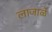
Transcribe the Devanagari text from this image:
लाजाळे